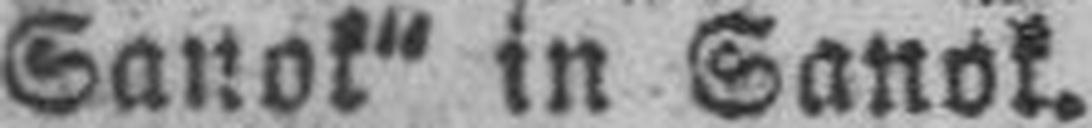
Sanok“ in Sanok.